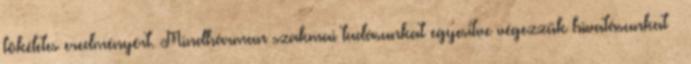
tökéletes eredményért. Mindhárman szakmai tudásunkat egyesítve végezzük hivatásunkat –